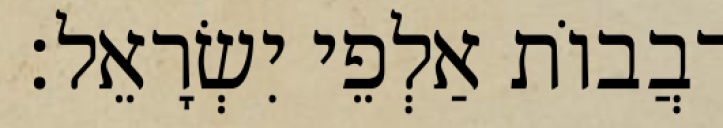
רִבֲבוֹת אַלְפֵי יִשְׂרָאֵל׃